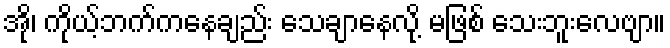
အို၊ ကိုယ့်ဘက်ကနေချည်း သေချာနေလို့ မဖြစ် သေးဘူးလေဗျာ။